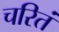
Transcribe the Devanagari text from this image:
चरितं